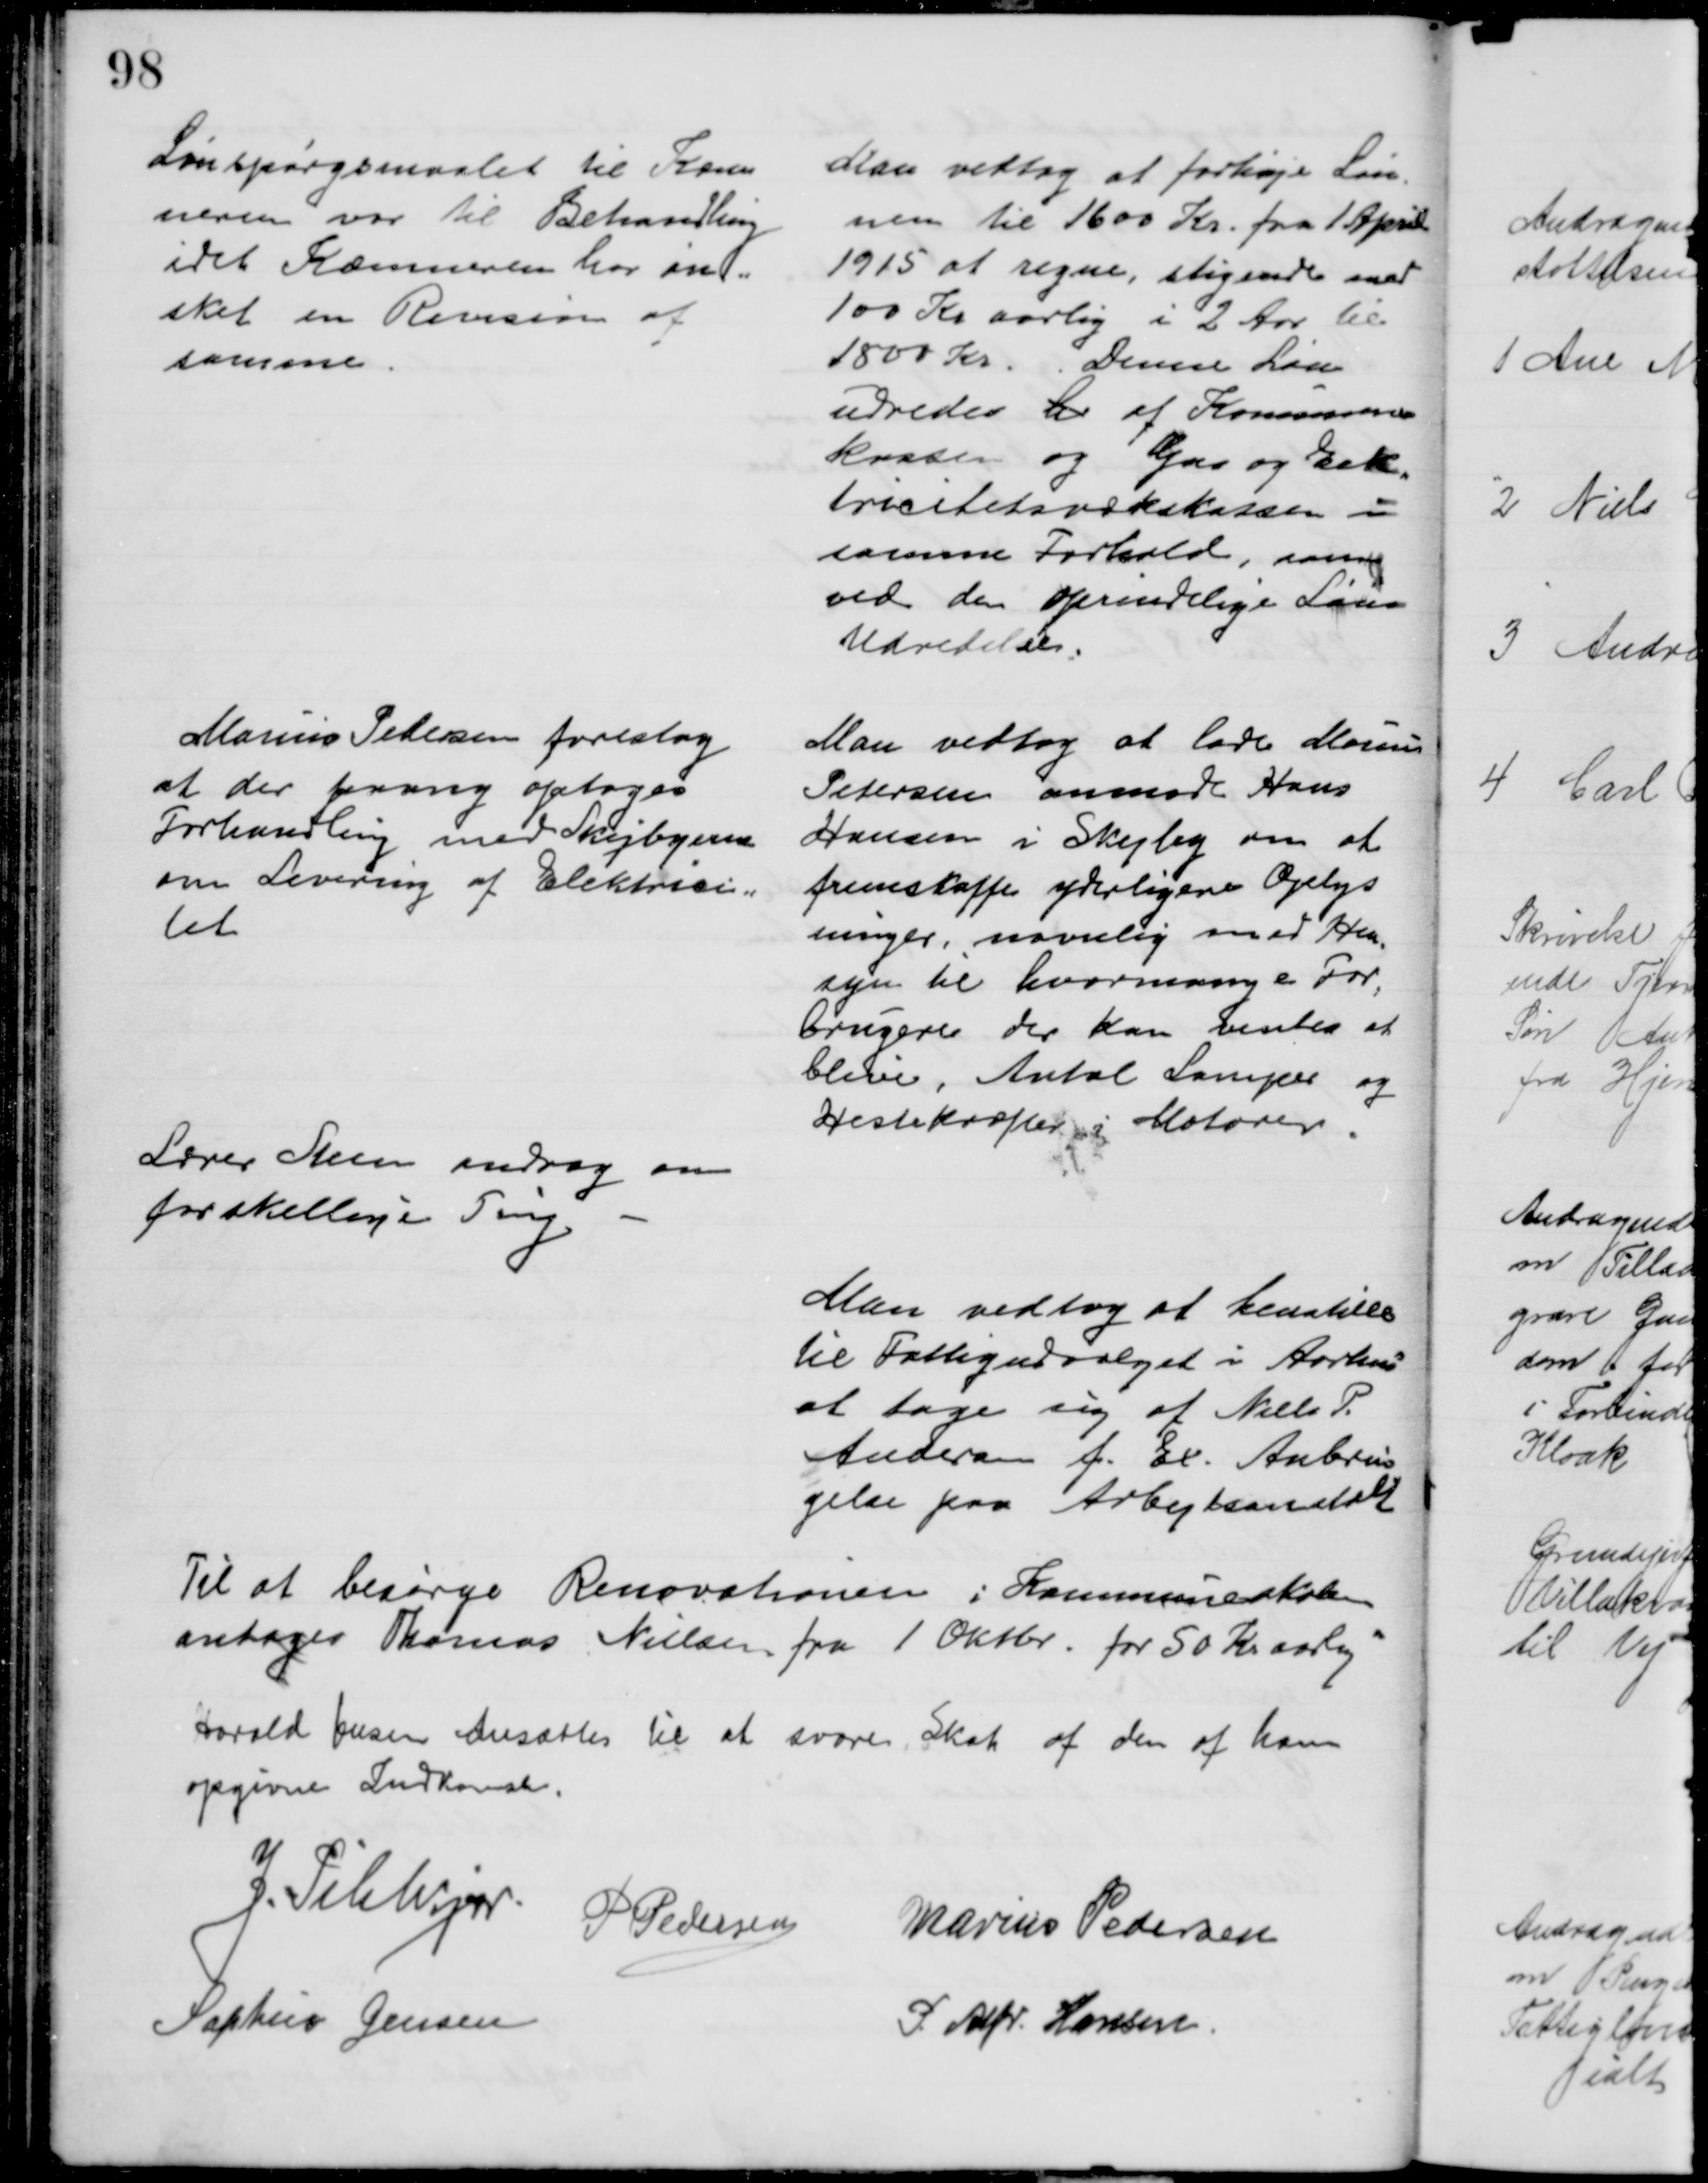
Transskription:
Lønspørgsmaalet til Kæm
neren var til Behandling
idet Kæmneren har øn=
sket en Revision af
samme.
Man vedtog at forhøje Løn-
nen til 1600 Kr. fra 1 April
1915 at regne, stigende med
100 Kr aarlig i 2 Aar til
1800 Kr. Denne Løn
udredes til af Kommune=
kassen og Gas og Elek-
tricitetsværkskassen i
samme Forhold, som
ved den oprindelige Løns
Udredelse.
Marius Pedersen foreslog
at der paany optoges
Forhandling med Skejbyerne
om Levering af Elektrici=
tet
Man vedtog at lade Marius
Petersen anmode Hans
Hansen i Skejby om at
fremskaffe yderligere Oplys
ninger, navnlig med Hen
=
syn til hvormange For
=
brugere der kan ventes at
blive, Antal Lamper og
Hestekræfter i Motorer.
Lærer Steen androg om
forskellige Ting
Man vedtog at henstille
til Fattigudvalget i Aarhus
at tage sig af Niels P.
Andersen f. Ex. Anbrin
gelse paa Arbejdsanstalt
Til at besørge Renovationen i Kommuneskolen
antoges Thomas Nielsen fra 1 Oktbr. for 50 Kr aarlig
Harald Jensen Ansættes til at svare Skat af den af ham
opgivne Indkomst.
J. Pihlkjær.
P. Pedersen
Marius Pedersen
Sophus Jensen
P. Alfr. Hansen